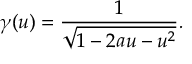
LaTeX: \gamma ( u ) = \frac { 1 } { \sqrt { 1 - 2 a u - u ^ { 2 } } } .